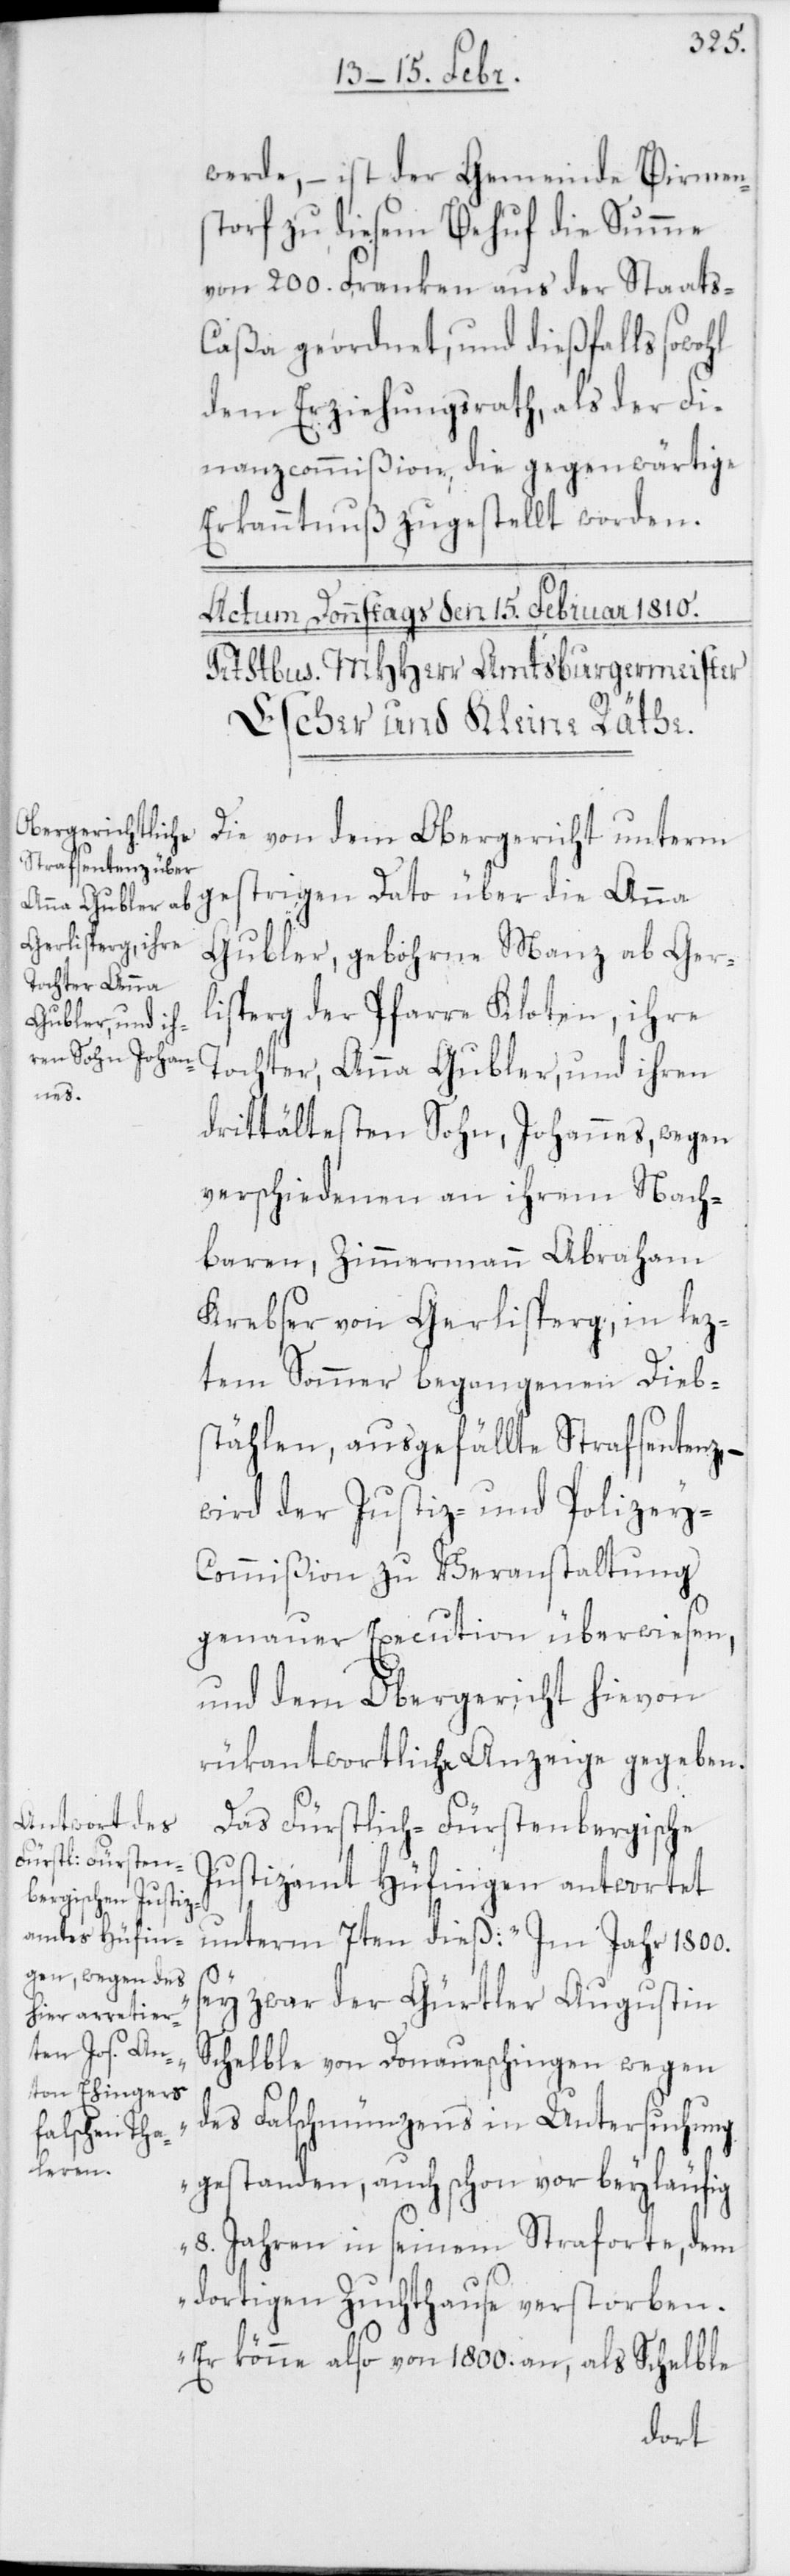
werde, – ist der Gemeinde Birmen¬
storf zu diesem Behuf die Summe
von 200. Franken aus der Staats-C¬
aßa geordnet, und dießfalls sowohl
dem Erziehungsrath, als der Fi¬
nanzcommißion, die gegenwärtige
Erkanntnuß zugestellt worden.
Die von dem Obergericht unterm
gestrigen Dato über die Anna
Gubler, gebohrne Manz ab Ger¬
lisperg der Pfarre Kloten, ihre
Tochter Anna Gubler, und ihren
drittältesten Sohn, Johannes, wegen
verschiedenen an ihrem Nach¬
baren, Zimmermann Abraham
Krebser von Gerlisperg, in lez¬
tem Sommer begangenen Dieb¬
stählen, ausgefällte Strafsentenz, –
wird der Justiz- und Polizey-C¬
ommißion zu Veranstaltung
genauer Execution überwiesen,
und dem Obergericht hievon
rükantwortliche Anzeige gegeben.
Das Fürstlich-Fürstenbergische
Justizamt Hüfingen antwortet
unterm 7ten dieß: „Im Jahr 1800.
sey zwar der Gürtler Augustin
Schelble von Donaueschingen wegen
des Falschmünzens in Untersuchung
gestanden, auch schon vor beyläufig
8. Jahren in seinem Straforte, dem
dortigen Zuchthause verstorben.
Er könne also von 1800. an, als Schelble